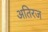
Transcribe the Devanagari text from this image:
अतिरज